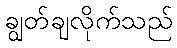
ချွတ်ချလိုက်သည်